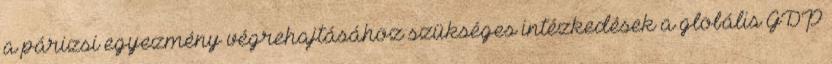
a párizsi egyezmény végrehajtásához szükséges intézkedések a globális GDP